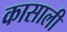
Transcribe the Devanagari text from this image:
कासाली